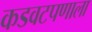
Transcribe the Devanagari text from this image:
कडवटपणाला